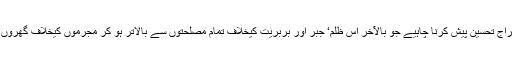
ان والدین کو خراج تحسین پیش کرنا چاہیے جو بالآخر اس ظلم‘ جبر اور بربریت کیخلاف تمام مصلحتوں سے بالاتر ہو کر مجرموں کیخلاف گھروں سے نکل آئے۔